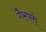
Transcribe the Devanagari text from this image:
गैस्परो